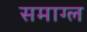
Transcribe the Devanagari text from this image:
समाग्ल